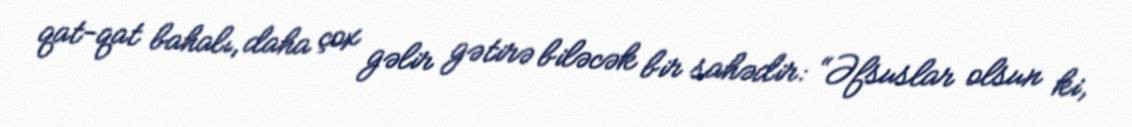
qat-qat bahalı, daha çox gəlir gətirə biləcək bir sahədir: “Əfsuslar olsun ki,